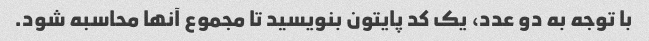
با توجه به دو عدد، یک کد پایتون بنویسید تا مجموع آنها محاسبه شود.